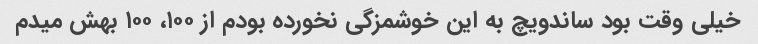
خیلی وقت بود ساندویچ به این خوشمزگی نخورده بودم از ۱۰۰، ۱۰۰ بهش میدم